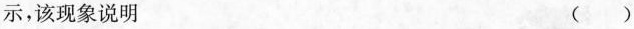
示，该现象说明 ( )